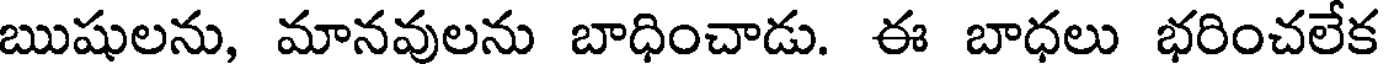
ఋషులను, మానవులను బాధించాడు. ఈ బాధలు భరించలేక